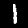
Label: 1